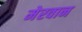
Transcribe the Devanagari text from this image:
मेरवान